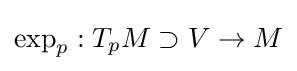
\exp _{p}:T_{p}M\supset V\rightarrow M